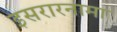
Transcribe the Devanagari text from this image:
इसरारनामा